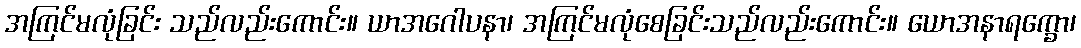
အကြင်မလုံခြင်း သည်လည်းကောင်း။ ယာအဂေါပနာ၊ အကြင်မလုံစေခြင်းသည်လည်းကောင်း။ ယောအနာရက္ခော၊